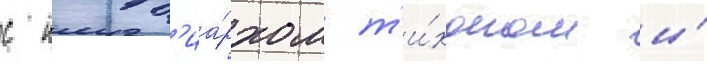
с патр'иа́рхом т'и́хоном и́